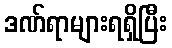
ဒဏ်ရာများရရှိပြီး